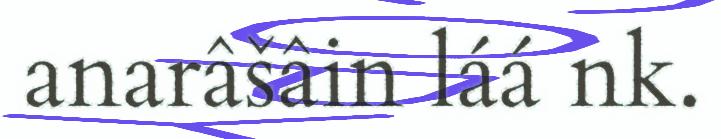
anarâšâin láá nk.